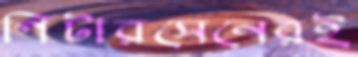
পিটারসেনেরই